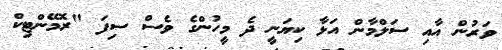
ވަރުން އާއި ސަލްމާން އަޅާ ކިޔަނީ ދެ މީހުންގެ ވެސް ސިފަ "ރޮމޭންޓިކް